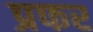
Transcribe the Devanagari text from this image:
प्रफर